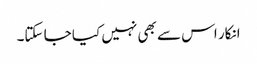
انکار اس سے بھی نہیں کیا جا سکتا۔